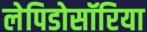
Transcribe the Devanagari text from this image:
लेपिडोसॉरिया